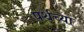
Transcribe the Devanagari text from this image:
पर्थच्या